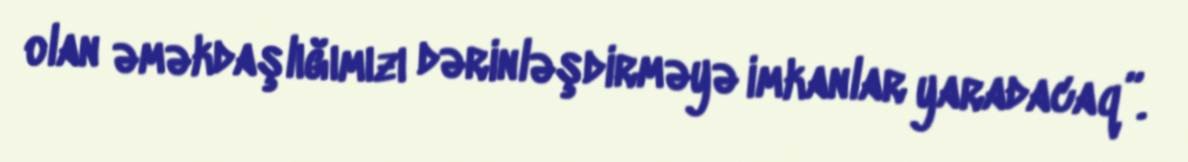
olan əməkdaşlığımızı dərinləşdirməyə imkanlar yaradacaq”.